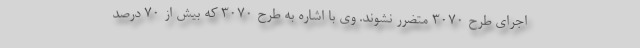
اجرای طرح ۳۰۷۰ متضرر نشوند. وی با اشاره به طرح ۳۰۷۰ که بیش از ۷۰ درصد